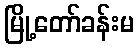
မြို့တော်ခန်းမ